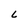
Character: L